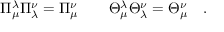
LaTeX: \Pi _ { \mu } ^ { \lambda } \Pi _ { \lambda } ^ { \nu } = \Pi { } _ { \mu } ^ { \nu } \qquad \Theta _ { \mu } ^ { \lambda } \Theta _ { \lambda } ^ { \nu } = \Theta { } _ { \mu } ^ { \nu } \quad .